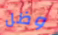
وظل